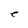
Character: e